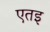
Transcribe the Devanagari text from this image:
एतइ